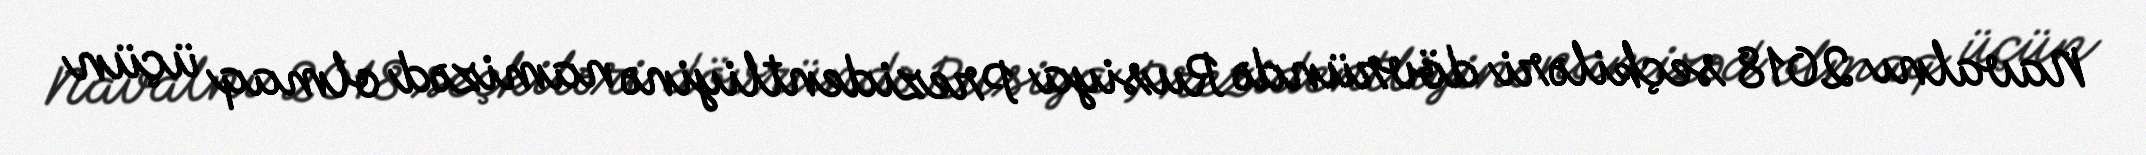
Navalnı 2018 seçkiləri dövründə Rusiya Prezidentliyinə namizəd olmaq üçün